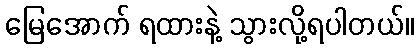
မြေအောက် ရထားနဲ့ သွားလို့ရပါတယ်။